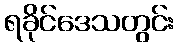
ရခိုင်ဒေသတွင်း